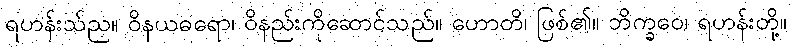
ရဟန်းသ်ည။ ဝိနယဓရော၊ ဝိနည်းကိုဆောင်သည်။ ဟောတိ၊ ဖြစ်၏။ ဘိက္ခဝေ၊ ရဟန်းတို့။